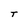
Character: T